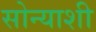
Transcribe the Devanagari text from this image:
सोन्याशी